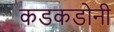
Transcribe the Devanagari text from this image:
कडकडोनी